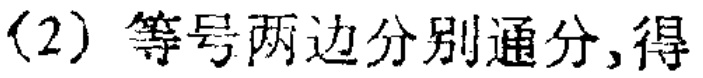
（2）等号两边分别通分,得